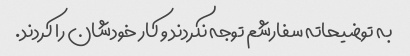
به توضیحاته سفارشم توجه نکردند و کار خودشان را کردند.